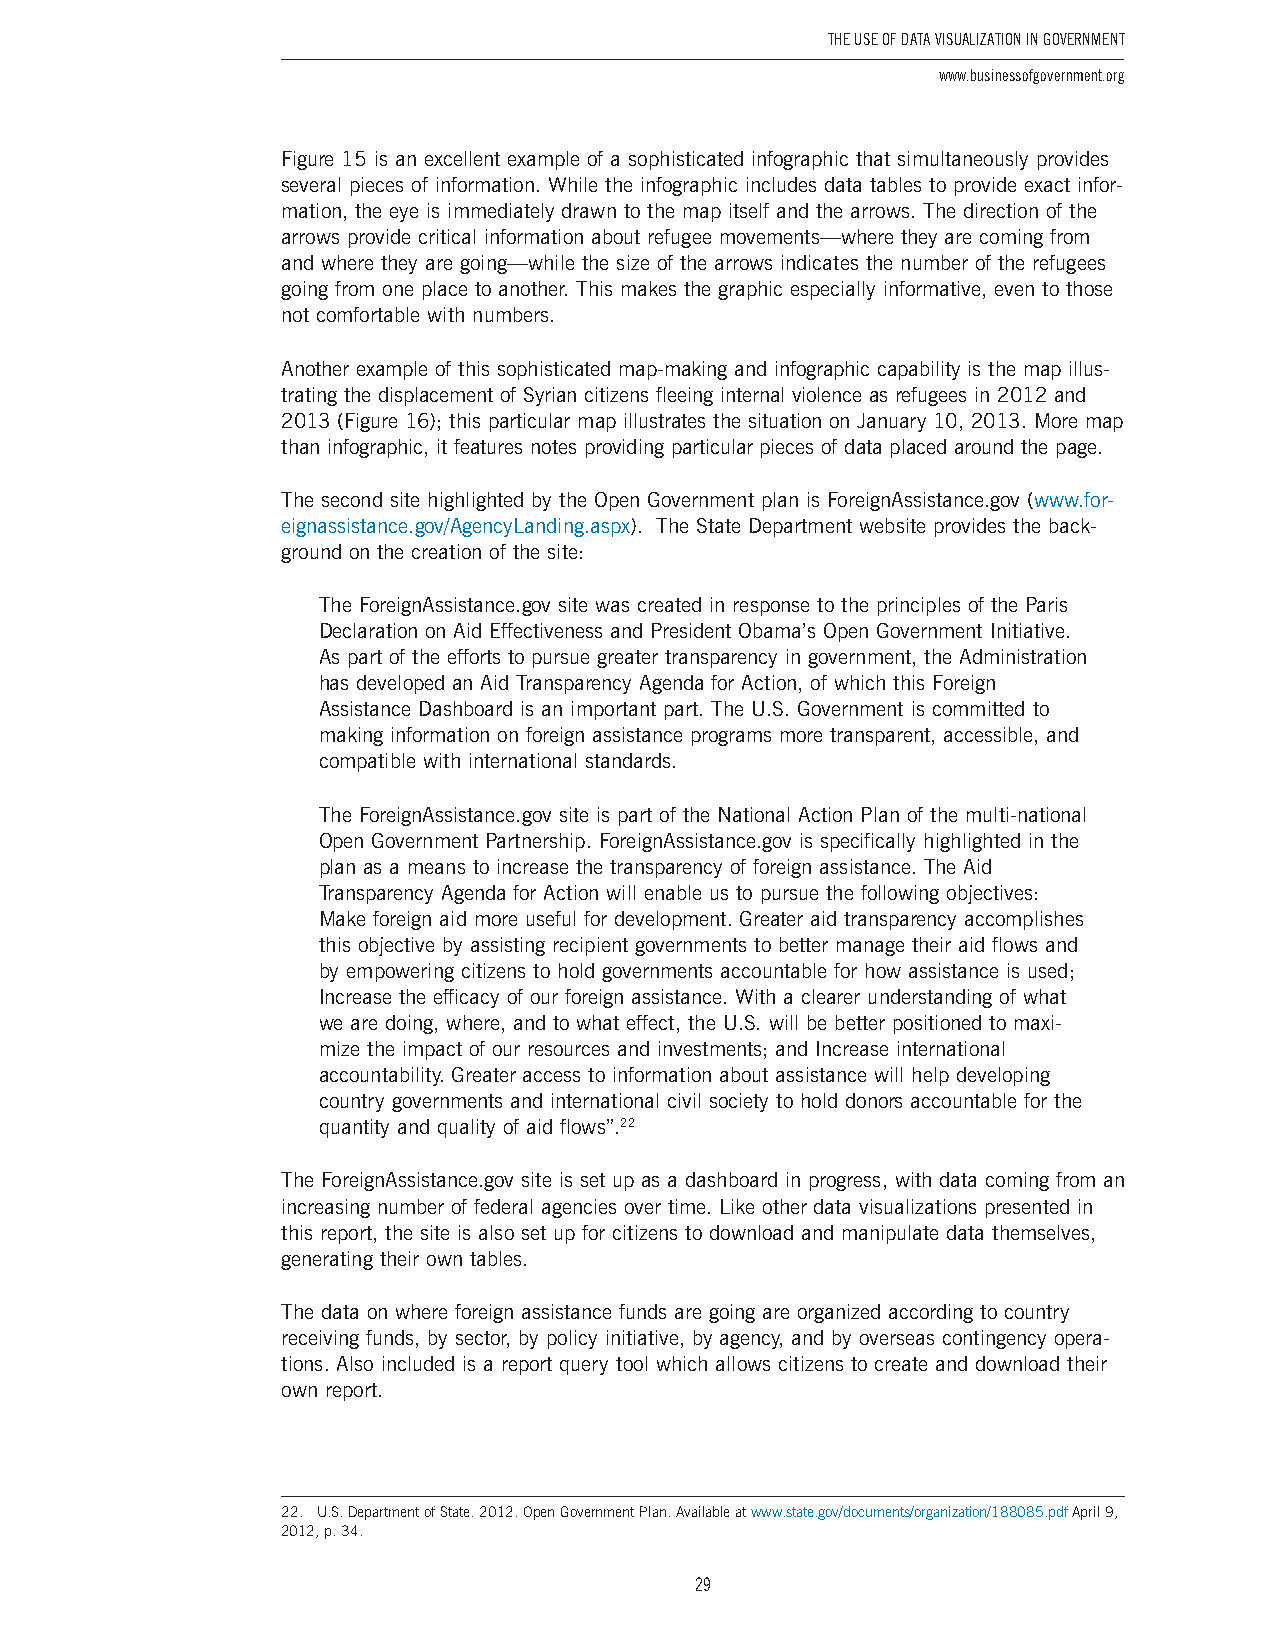
The USe of DaTa ViSUalizaTion in GoVernmenT
 www.businessofgovernment.org
 Figure 15 is an excellent example of a sophisticated infographic that simultaneously provides
 several pieces of information . While the infographic includes data tables to provide exact infor-
 mation, the eye is immediately drawn to the map itself and the arrows . The direction of the
 arrows provide critical information about refugee movements—where they are coming from
 and where they are going—while the size of the arrows indicates the number of the refugees
 going from one place to another . This makes the graphic especially informative, even to those
 not comfortable with numbers .
 Another example of this sophisticated map-making and infographic capability is the map illus-
 trating the displacement of Syrian citizens fleeing internal violence as refugees in 2012 and
 2013 (Figure 16); this particular map illustrates the situation on January 10, 2013 . More map
 than infographic, it features notes providing particular pieces of data placed around the page .
 The second site highlighted by the Open Government plan is ForeignAssistance .gov (www .for-
 eignassistance .gov/AgencyLanding .aspx) . The State Department website provides the back-
 ground on the creation of the site:
 The ForeignAssistance .gov site was created in response to the principles of the Paris
 Declaration on Aid Effectiveness and President Obama’s Open Government Initiative .
 As part of the efforts to pursue greater transparency in government, the Administration
 has developed an Aid Transparency Agenda for Action, of which this Foreign
 Assistance Dashboard is an important part . The U .S . Government is committed to
 making information on foreign assistance programs more transparent, accessible, and
 compatible with international standards .
 The ForeignAssistance .gov site is part of the National Action Plan of the multi-national
 Open Government Partnership . ForeignAssistance .gov is specifically highlighted in the
 plan as a means to increase the transparency of foreign assistance . The Aid
 Transparency Agenda for Action will enable us to pursue the following objectives:
 Make foreign aid more useful for development . Greater aid transparency accomplishes
 this objective by assisting recipient governments to better manage their aid flows and
 by empowering citizens to hold governments accountable for how assistance is used;
 Increase the efficacy of our foreign assistance . With a clearer understanding of what
 we are doing, where, and to what effect, the U .S . will be better positioned to maxi-
 mize the impact of our resources and investments; and Increase international
 accountability . Greater access to information about assistance will help developing
 country governments and international civil society to hold donors accountable for the
 quantity and quality of aid flows” .22
 The ForeignAssistance .gov site is set up as a dashboard in progress, with data coming from an
 increasing number of federal agencies over time . Like other data visualizations presented in
 this report, the site is also set up for citizens to download and manipulate data themselves,
 generating their own tables .
 The data on where foreign assistance funds are going are organized according to country
 receiving funds, by sector, by policy initiative, by agency, and by overseas contingency opera-
 tions . Also included is a report query tool which allows citizens to create and download their
 own report .
 22. U.S. Department of State. 2012. Open Government Plan. Available at www.state.gov/documents/organization/188085.pdf April 9,
 2012, p. 34.
 29